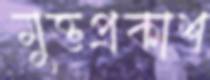
মুক্তপ্রকাশ